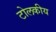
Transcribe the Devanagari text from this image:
टोलकीय